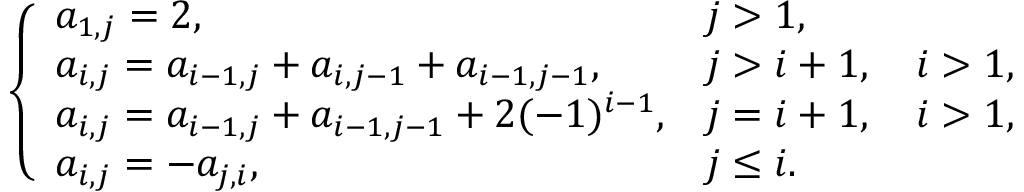
\left\{ \begin{array} { l l } { a _ { 1 , j } = 2 , } & { j > 1 , } \\ { a _ { i , j } = a _ { i - 1 , j } + a _ { i , j - 1 } + a _ { i - 1 , j - 1 } , } & { j > i + 1 , \quad i > 1 , } \\ { a _ { i , j } = a _ { i - 1 , j } + a _ { i - 1 , j - 1 } + 2 ( - 1 ) ^ { i - 1 } , } & { j = i + 1 , \quad i > 1 , } \\ { a _ { i , j } = - a _ { j , i } , } & { j \leq i . } \end{array} \right.